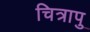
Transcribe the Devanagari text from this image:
चित्रापु